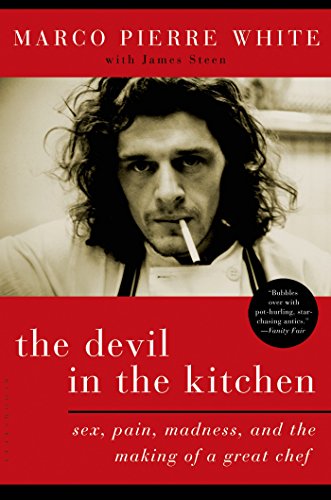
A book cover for The Devil in the Kitchen: Sex, Pain, Madness, and the Making of a Great Chef; Marco Pierre White; Cookbooks, Food & Wine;